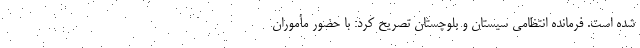
شده است. فرمانده انتظامی سیستان و بلوچستان تصریح کرد: با حضور مأموران